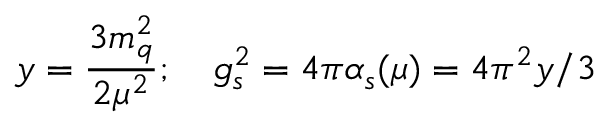
y = \frac { 3 m _ { q } ^ { 2 } } { 2 \mu ^ { 2 } } ; \quad g _ { s } ^ { 2 } = 4 \pi \alpha _ { s } ( \mu ) = 4 \pi ^ { 2 } y / 3